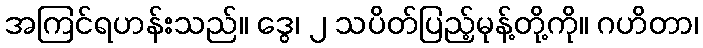
အကြင်ရဟန်းသည်။ ဒွေ၊ ၂ သပိတ်ပြည့်မုန့်တို့ကို။ ဂဟိတာ၊